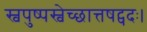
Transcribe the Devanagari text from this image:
स्वपुष्पस्वेच्छात्तषट्पदः।